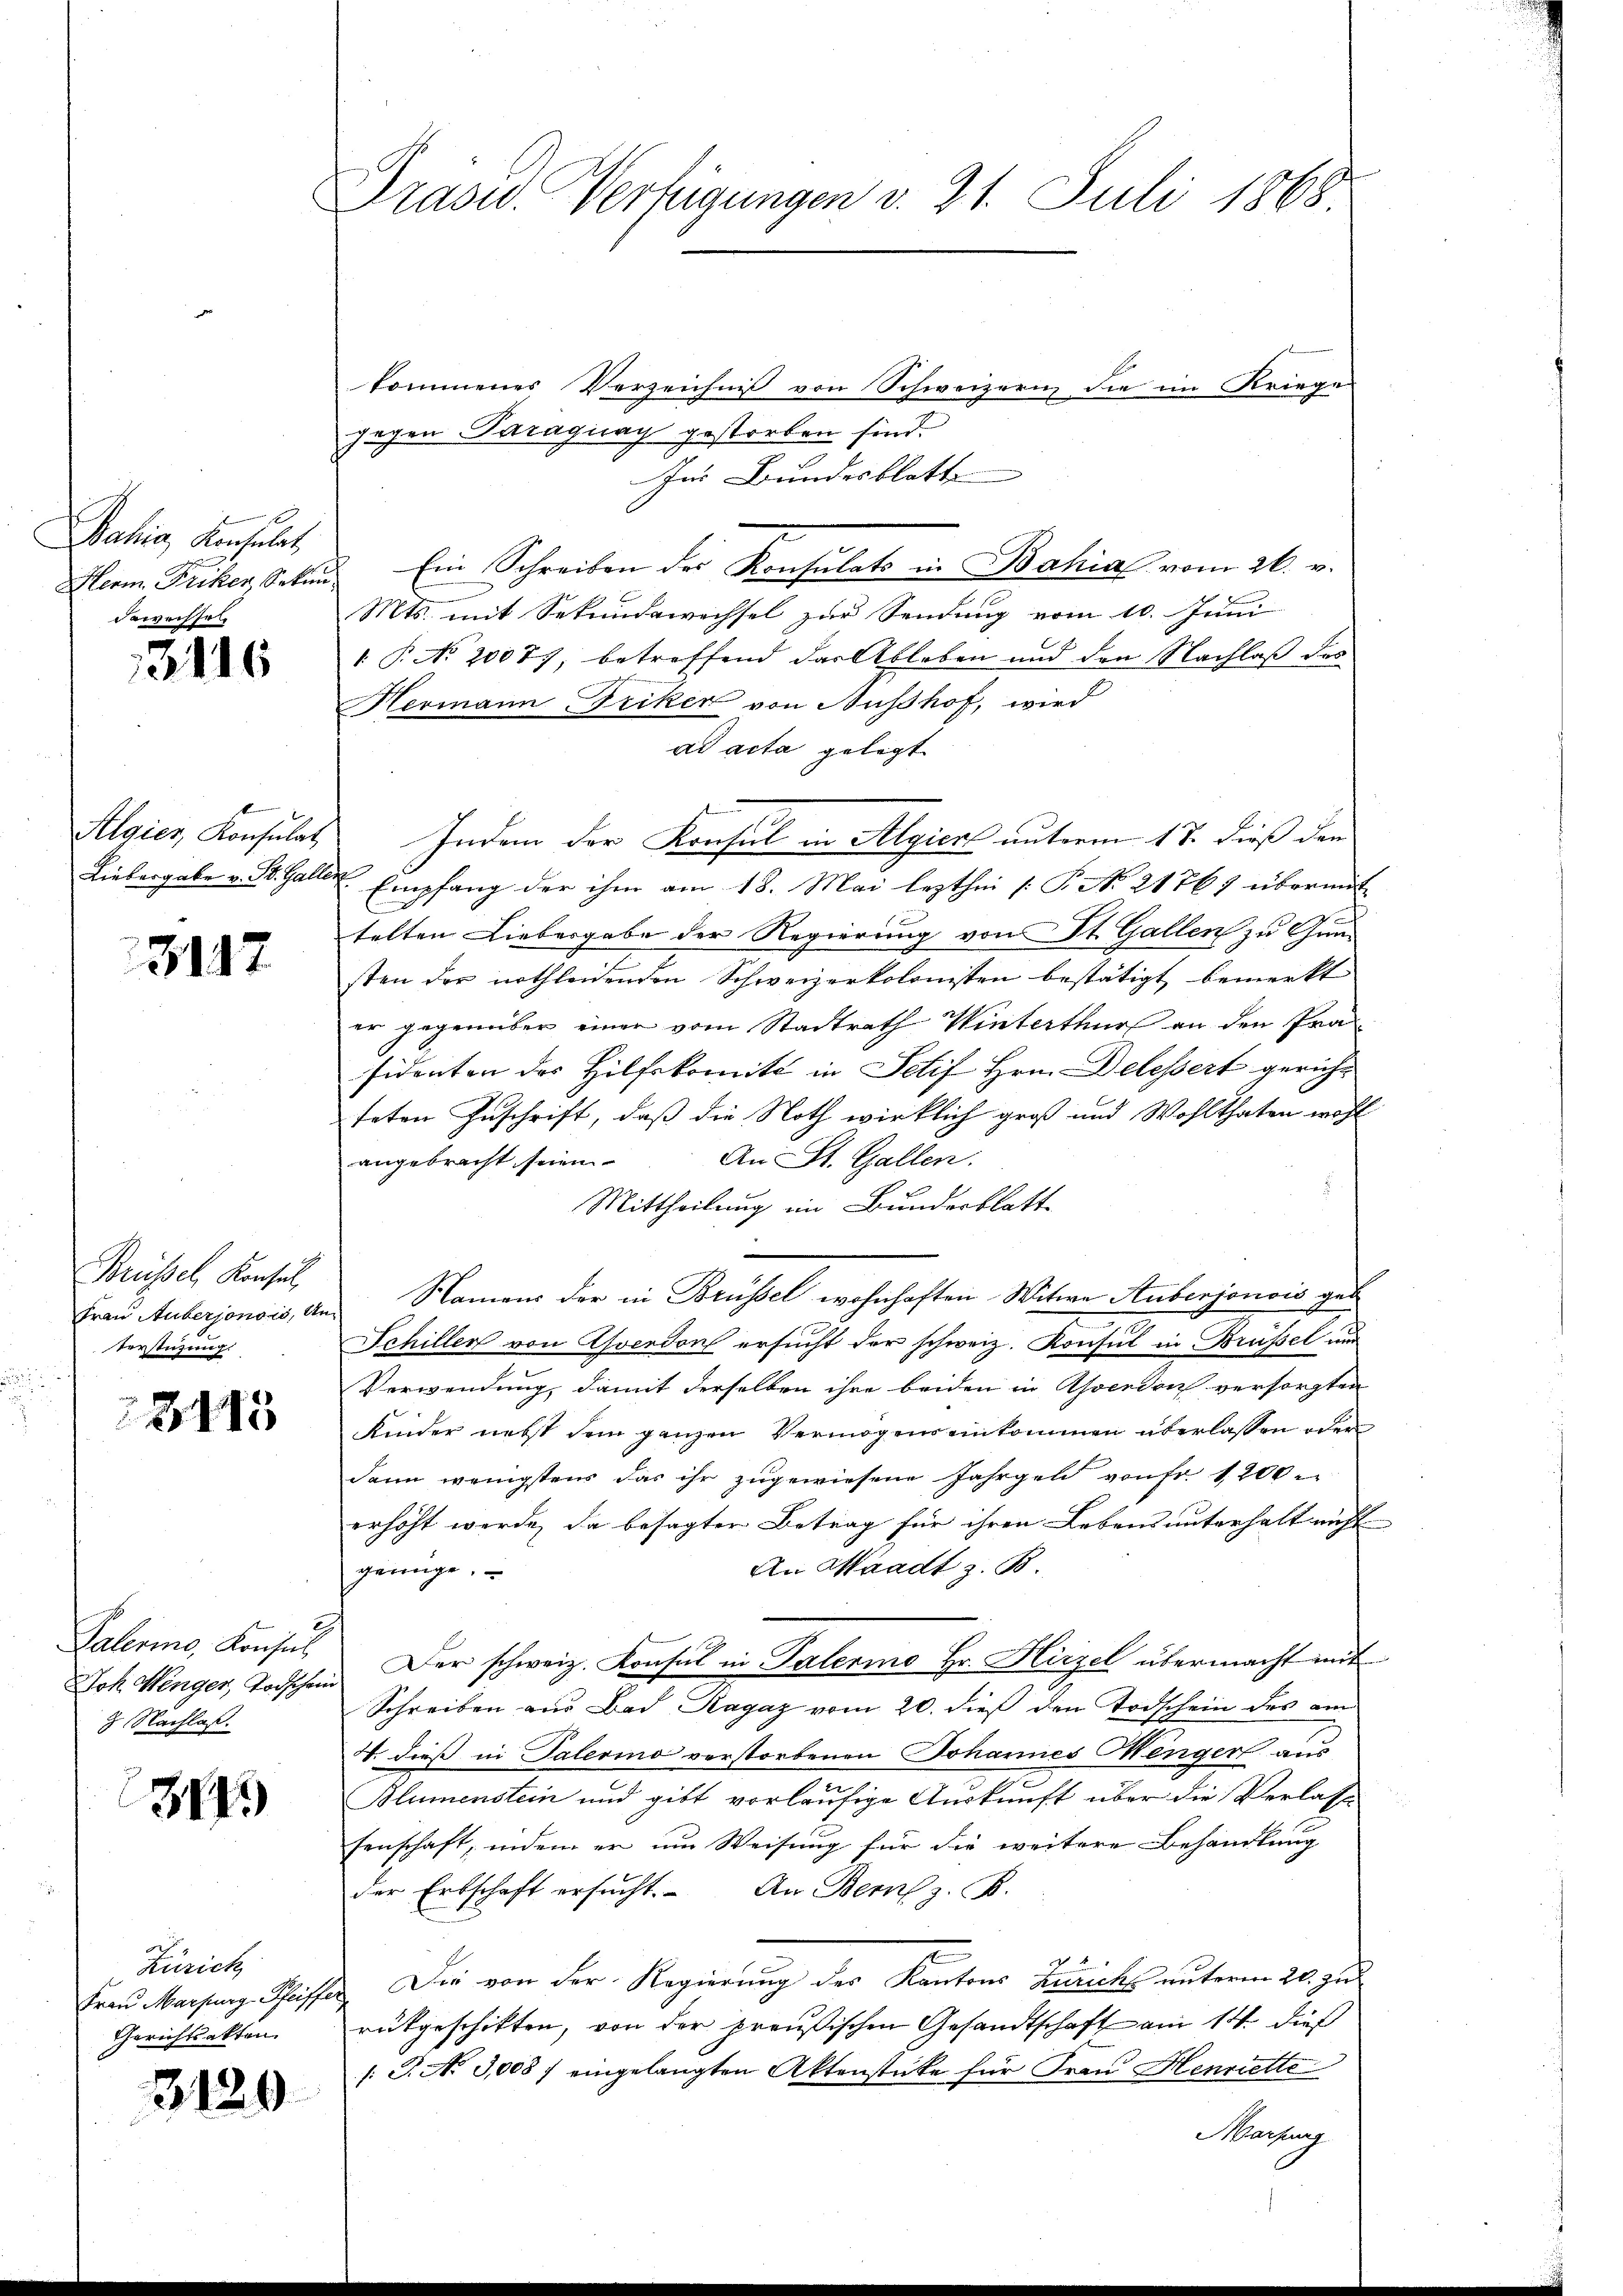
Bahia, Konsulat
Bewachsel

3116

Algier, Konsulat,
Liebergabe v. St. Galler

3117

Brüssel, Konsul
Verstüzung

3415

Paleris, Konsul
Joh. Wenger, Todschein
 Nachlaß.

314.

Zürich
Gerichtsakten.

3120

Präsid. Verfügungen v. 21. Juli 1868

kommenes Verzeichnis von Schweizern die im Kriege
gegen Paragung gestorben sind.
Im Bundesblatte
Hern Fricker, Sekund Ein Schreiben des Konsulato in Bahia vom 26. v.
Mts. mit Sekundswechsel zur Sendung vom 10. Juni
1 P. No 20077, betreffend der Ableben und den Nachlaß des
Hermann Briker von Ausshof, wird
ad acta gelegt
Indem der Konsul in Algiert unterm 17. dieß den
Empfang der ihm am 18. Mai lezthei [P No 21767 übermit
|
telten Liebergabe der Regierung von St. Gallen zu Gunsten der nothleidenden Schweizerkolonisten bestätigt, bemerkt
er gegenüber einer vom Stadtrath Winterthur an den Prä-
sidenten des Hilfskomitt in Petif Hrn. Delessert gerichteten Zuschrift, daß die Noth wirklich groß und Wohlthaten wohl
An St. Gallen.
angebracht seien
Mittheilung im Bundesblatt
Frau Auberjonsis, an Namens der in Brüssel wohnhaften Witwe Stubenjonois geb
Schiller von verdorf ersucht der schweiz. Konsul in Brüssel und
Verwendung, damit derselben ihre beiden in Assendon versorgten
Kinder nebst dem ganzen Vermögens einkommen überlassen oder
dann wenigstens das ihr zugewiesene Jahrgeld von Fr. 1200
erhöht werde, da besagter Betrag für ihren Lebens unterhalt nicht
An Waadt z. B.
genüge.
Der schweiz. Konsul in Talermo Hr. Hirzel übermacht mit
Schreiben aus Bad Ragaz vom 20. dieß den Todschein des am
4. dieß in Palerino verstorbenen Johannes Menger aus
Blumenstein und gibt vorläufige Auskunft über die Verlasse
senschaft, indem er um Weisung für die weitere Behandlung
der Erbschaft ersucht. An Bern z. B.
4
Frau Marsing Schiffer Die von der Regierung des Kantons Zürichs unterm 20. Jus
rükgeschikten, von der preußischen Gesandtschaft am 14. dies
/: J. No 3,008 / eingelangten Aktenstücke für Frau Henriette
artung